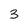
Character: 3